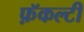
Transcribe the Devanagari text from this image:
फ़ॅकल्टी